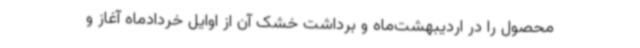
محصول را در اردیبهشت‌ماه و برداشت خشک آن از اوایل خردادماه آغاز و